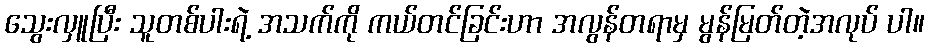
သွေးလှူပြီး သူတစ်ပါးရဲ့ အသက်ကို ကယ်တင်ခြင်းဟာ အလွန်တရာမှ မွန်မြတ်တဲ့အလုပ် ပါ။